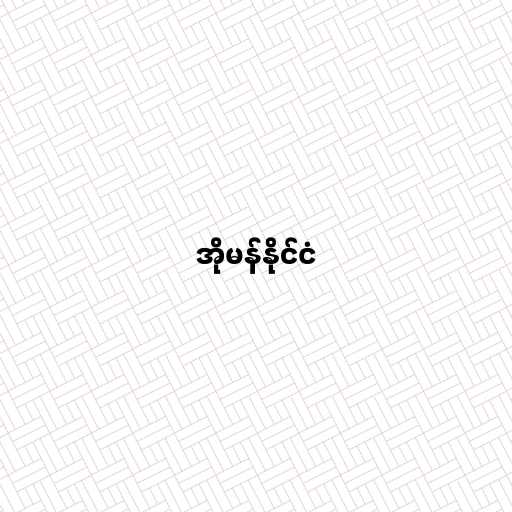
အိုမန်နိုင်ငံ